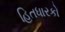
હિતધારકો